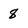
Character: 8